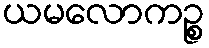
ယမလောကဉ္စ